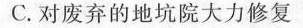
C.对废弃的地坑院大力修复